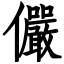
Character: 儼